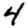
Digit: 4